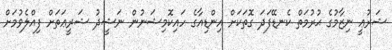
ޝަރުޢީ ނިޒާމުގެ ޙުރުމަތް ކެނޑޭފަދަ ގޮތަކަށް އިންޑިއާގެ ހައިކޮމިޝަނުން ނަޝީދު ޝަރީޢަތަށް ފިއްލެވުމަށް